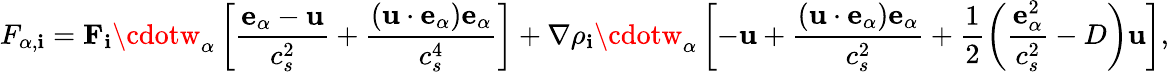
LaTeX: F_{\alpha,\mathbf{i}}=\mathbf{{F}}_{\mathbf{i}}\cdotw_{\alpha}\left[\frac{{\mathbf{{e}}_{\alpha}-\mathbf{{u}}}}{{c_{s}^{2}}}+\frac{{\left(\mathbf{{u}}\cdot\mathbf{{e}}_{\alpha}\right)\mathbf{{e}}_{\alpha}}}{{c_{s}^{4}}}\right]+\nabla\rho_{\mathbf{i}}\cdotw_{\alpha}\left[-\mathbf{{u}}+\frac{{\left(\mathbf{{u}}\cdot\mathbf{{e}}_{\alpha}\right)\mathbf{{e}}_{\alpha}}}{{c_{s}^{2}}}+\frac{{1}}{{2}}\left(\frac{{\mathbf{{e}}_{\alpha}^{2}}}{{c_{s}^{2}}}-D\right)\mathbf{{u}}\right],